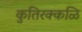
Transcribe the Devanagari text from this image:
कुतिरक्कळि